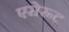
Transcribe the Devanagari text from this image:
एरोरूट